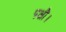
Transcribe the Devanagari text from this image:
पक्षौ।